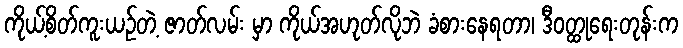
ကိုယ့်စိတ်ကူးယဉ်တဲ့ ဇာတ်လမ်း မှာ ကိုယ်အဟုတ်လိုဘဲ ခံစားနေရတာ၊ ဒီဝတ္ထုရေးတုန်းက